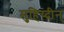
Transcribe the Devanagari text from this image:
मुहिय्दीन्